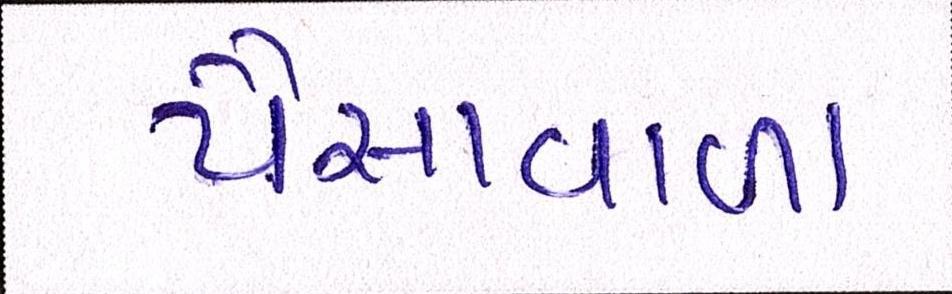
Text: પૈસાવાળા